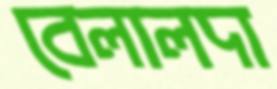
বেলালদা